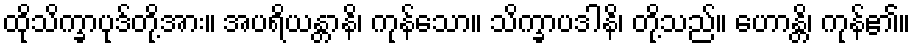
ထိုသိက္ခာပုဒ်တို့အား။ အပရိယန္တာနိ၊ ကုန်သော။ သိက္ခာပဒါနိ၊ တို့သည်။ ဟောန္တိ၊ ကုန်၏။